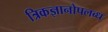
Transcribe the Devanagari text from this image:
त्रिकज्ञानोपलब्ध